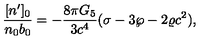
{ \frac { [ n ^ { \prime } ] _ { 0 } } { n _ { 0 } b _ { 0 } } } = - { \frac { 8 \pi G _ { 5 } } { 3 c ^ { 4 } } } ( \sigma - 3 \wp - 2 \varrho c ^ { 2 } ) ,